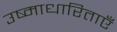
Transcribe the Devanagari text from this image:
उष्माधारिताएँ